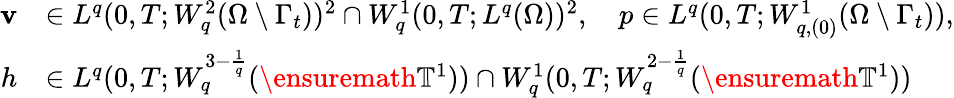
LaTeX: \begin{array}{rl}{\mathbf{v}}&{\in L^{q}(0,T;W_{q}^{2}(\Omega\setminus\Gamma_{t}))^{2}\cap W_{q}^{1}(0,T;L^{q}(\Omega))^{2},\quad p\in L^{q}(0,T;W_{q,(0)}^{1}(\Omega\setminus\Gamma_{t})),}\\ {h}&{\in L^{q}(0,T;W_{q}^{3-\frac 1q}(\ensuremath{\mathbb{T}}^{1}))\cap W_{q}^{1}(0,T;W_{q}^{2-\frac 1q}(\ensuremath{\mathbb{T}}^{1}))}\end{array}